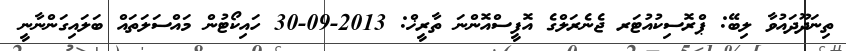
ތިނަދޫދައުވާ ލިބޭ: ޕްރޮސިކުއުޓަރ ޖެނެރަލްގެ އޮފީސްއޮންނަ ތާރީޚް: 2013-09-30 ހައިކޯޓުން މައްސަލަތައް ބަލައިގަންނާނީ